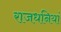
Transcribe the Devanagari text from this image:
राजधनियां